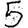
Digit: 5